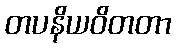
တပနိယဝိတတာ